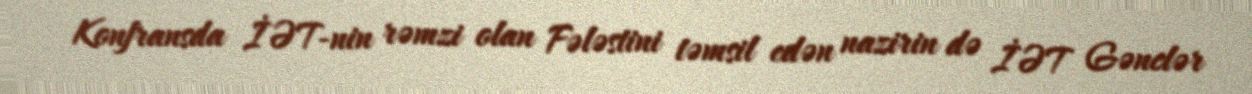
Konfransda İƏT-nin rəmzi olan Fələstini təmsil edən nazirin də İƏT Gənclər